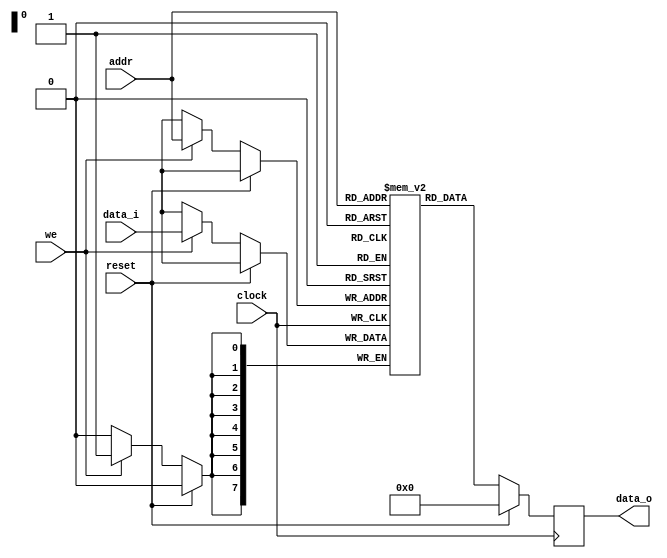
module RAMSP(clock,reset,we,addr,data_i,data_o);
   parameter                  AddrSize = 8;
   parameter                  DataSize = 8;
   
   input wire                 clock;
   input wire                 reset;

   input wire                 we;
   input wire [AddrSize-1:0]  addr;
   input wire [DataSize-1:0]  data_i;

   output reg [DataSize-1:0]  data_o;

   reg [DataSize-1:0]         s_Data[2**AddrSize-1:0];

`ifdef SIM
   reg [AddrSize:0]           k;
              
   initial begin
      for (k = 0; k < 2**AddrSize; k = k + 1) begin
         s_Data[k] = 0;
      end
   end
`endif

   always @ (posedge clock) begin
      if (reset) begin
         data_o <= 0;
      end
      else begin
         if (we) begin
            s_Data[addr] <= data_i;
         end

         data_o <= s_Data[addr];
      end
   end // always @ (posedge clock)
endmodule // RAMSP